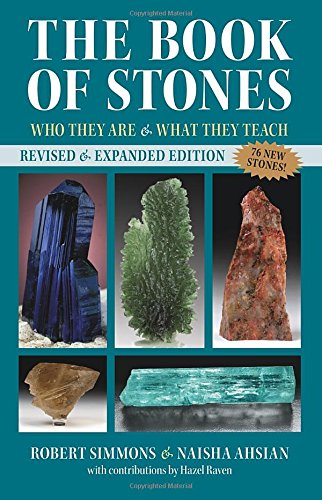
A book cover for The Book of Stones, Revised Edition: Who They Are and What They Teach; Robert Simmons; Science & Math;